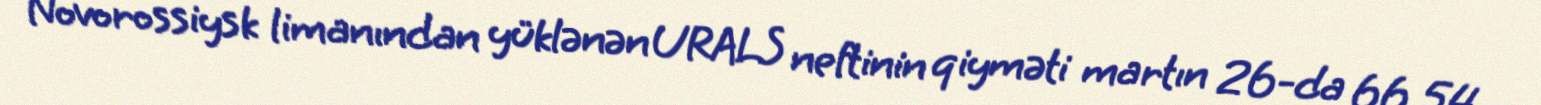
Novorossiysk limanından yüklənən URALS neftinin qiyməti martın 26-da 66,54